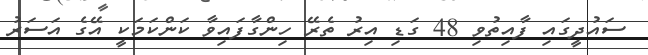
ސައުދީގައި ފާއިތުވި 48 ގަޑި އިރު ތެރޭ ހިންގާފައިވާ ކަންކަމަކީ އޭގެ އަސަރު